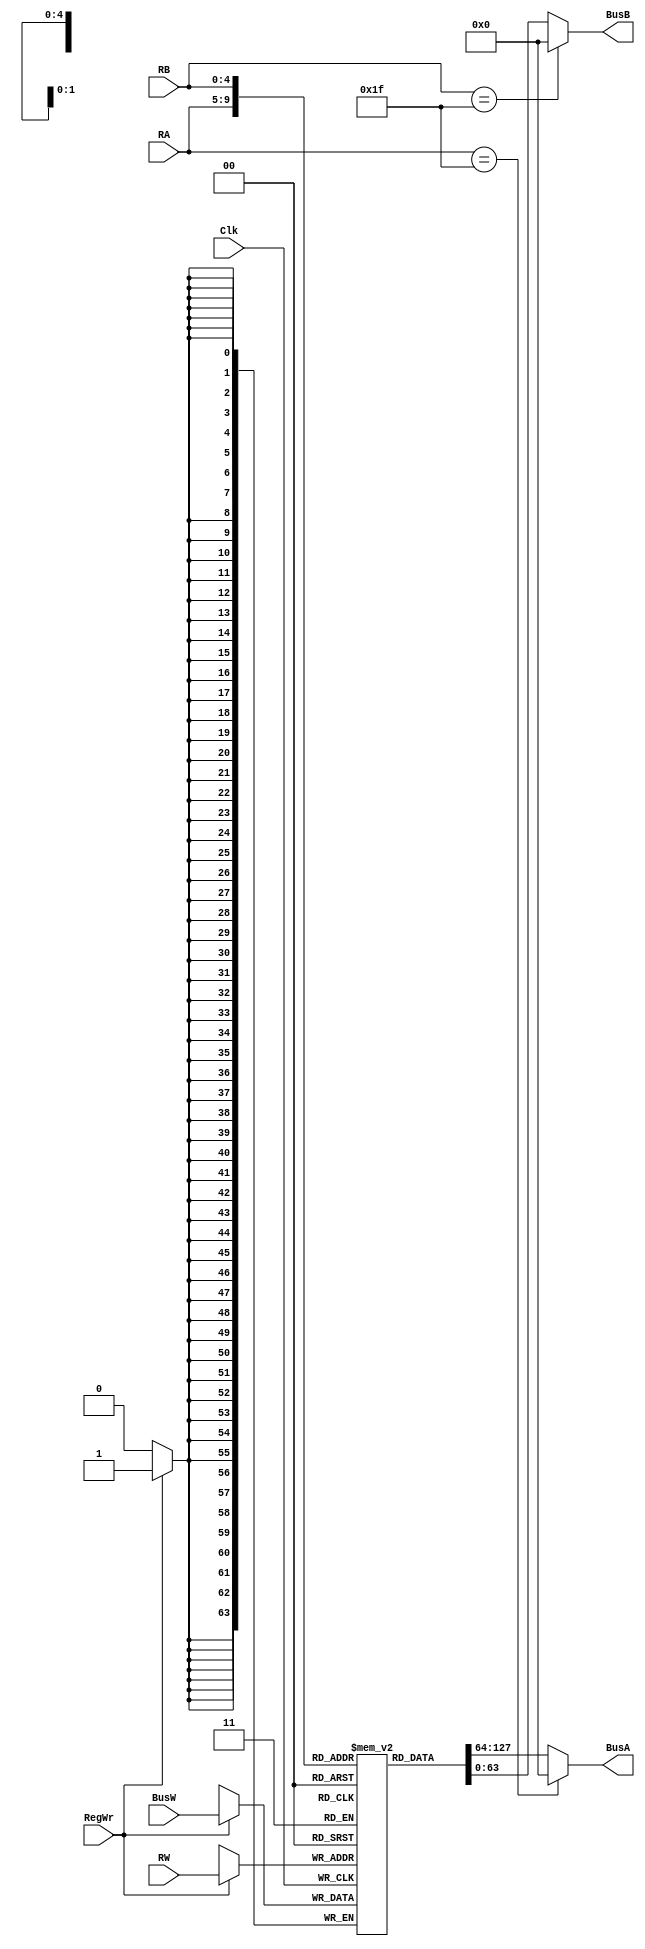
`timescale 1ns / 1ps

module RegisterFile(BusA, BusB, BusW, RA, RB, RW, RegWr, Clk); 

    //64 bit register file inputs and outputs
    output [63:0] BusA;
    output [63:0] BusB;
    input [63:0] BusW;
    input [4:0] RA;
    input [4:0] RB;
    input [4:0] RW;
    input RegWr;
    input Clk;
    reg [63:0] registers [31:0];
    

    //behavioral model of register file
    always @ (negedge Clk) begin
        if(RegWr) //When RegWr is set to 1, then the data on Bus W is stored in the register specified by Rw with dealy of 3
            registers[RW] <= #3 BusW;
    end

    //Data from registers Ra and Rb is sent on Bus A and Bus B respectively, after a delay of 2 tics.  Also sets Register 31 equal to zero
    assign #2 BusA = (RA == 31) ? 0 : registers[RA];
    assign #2 BusB = (RB == 31  ) ? 0: registers[RB];

    
endmodule